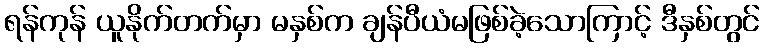
ရန်ကုန် ယူနိုက်တက်မှာ မနှစ်က ချန်ပီယံမဖြစ်ခဲ့သောကြာင့် ဒီနှစ်တွင်